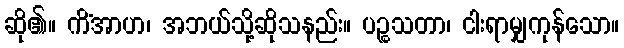
ဆို၏။ ကိံအာဟ၊ အဘယ်သို့ဆိုသနည်း။ ပဉ္စသတာ၊ ငါးရာမျှကုန်သော။